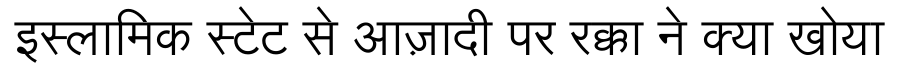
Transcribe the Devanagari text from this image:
इस्लामिक स्टेट से आज़ादी पर रक्का ने क्या खोया